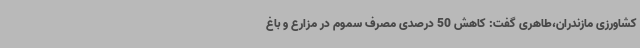
کشاورزی مازندران،طاهری گفت: کاهش 50 درصدی مصرف سموم در مزارع و باغ